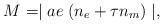
LaTeX: \begin{align*}M= \mid ae \; (n_{e}+ \tau n_{m}) \mid,\end{align*}